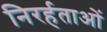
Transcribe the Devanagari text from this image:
निरर्हताओं